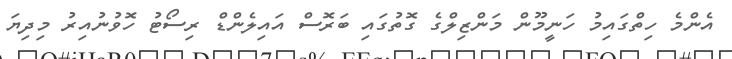
އެންމެ ހިތްގައިމު ހަނީމޫން މަންޒިލްގެ ގޮތުގައި ބަރޮސް އައިލެންޑް ރިސޯޓު ހޮވުނުއިރު މިދިޔަ